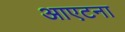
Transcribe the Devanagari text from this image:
आएटना